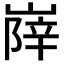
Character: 𡺰